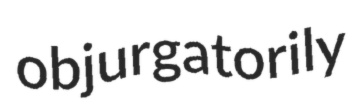
objurgatorily